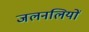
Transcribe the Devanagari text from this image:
जलनलियों